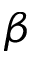
\beta